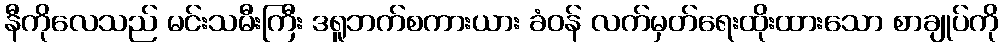
နီကိုလေသည် မင်းသမီးကြီး ဒရူဘက်စကားယား ခံဝန် လက်မှတ်ရေးထိုးထားသော စာချုပ်ကို